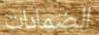
الضمادات